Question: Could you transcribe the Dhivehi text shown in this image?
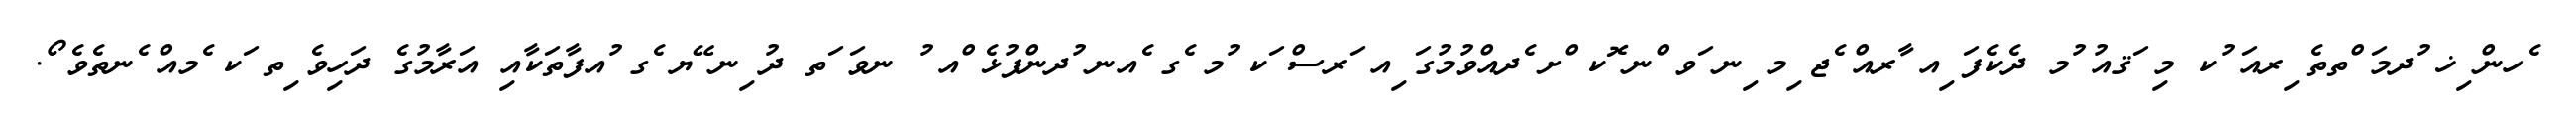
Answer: ެހން ިޚ ުދމަ ްތތެ ިރއަ ުކ މި ަޤއު ުމ ދެކެފަ ިއ ާރއް ެޖ ިމ ިނ ަވ ްނ ޮކ ްށ ެދއްވުމުގަ ިއ ަރސް ަކ ުމ ެގ ެއނ ުދންފުޅެ ްއ ު ނވަ ަތ ދު ިނ ޭޔ ެގ ުއފާތަކާއި އަރާމުގެ ދަހިވެ ިތ ަކ ެމއް ެނތެވެ ޯ.